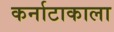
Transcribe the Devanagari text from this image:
कर्नाटाकाला